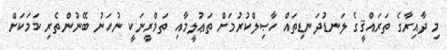
މި ދާއިރާގެ ތަރައްޤީގެ ލަނޑުދަނޑިތައް ހާޞިލްކުރުމަށް ތަޢުލީމާއި ތަމްރީނަކީ ނުހަނު ބޭނުންތެރި ކަމަކަށް